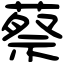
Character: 蔡